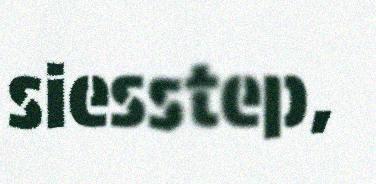
siesstep,